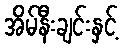
အိမ်နီးချင်းနှင့်